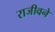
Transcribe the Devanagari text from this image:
राजीवने